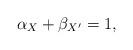
LaTeX: \begin{align*}\alpha_X+\beta_{X'}=1,\end{align*}